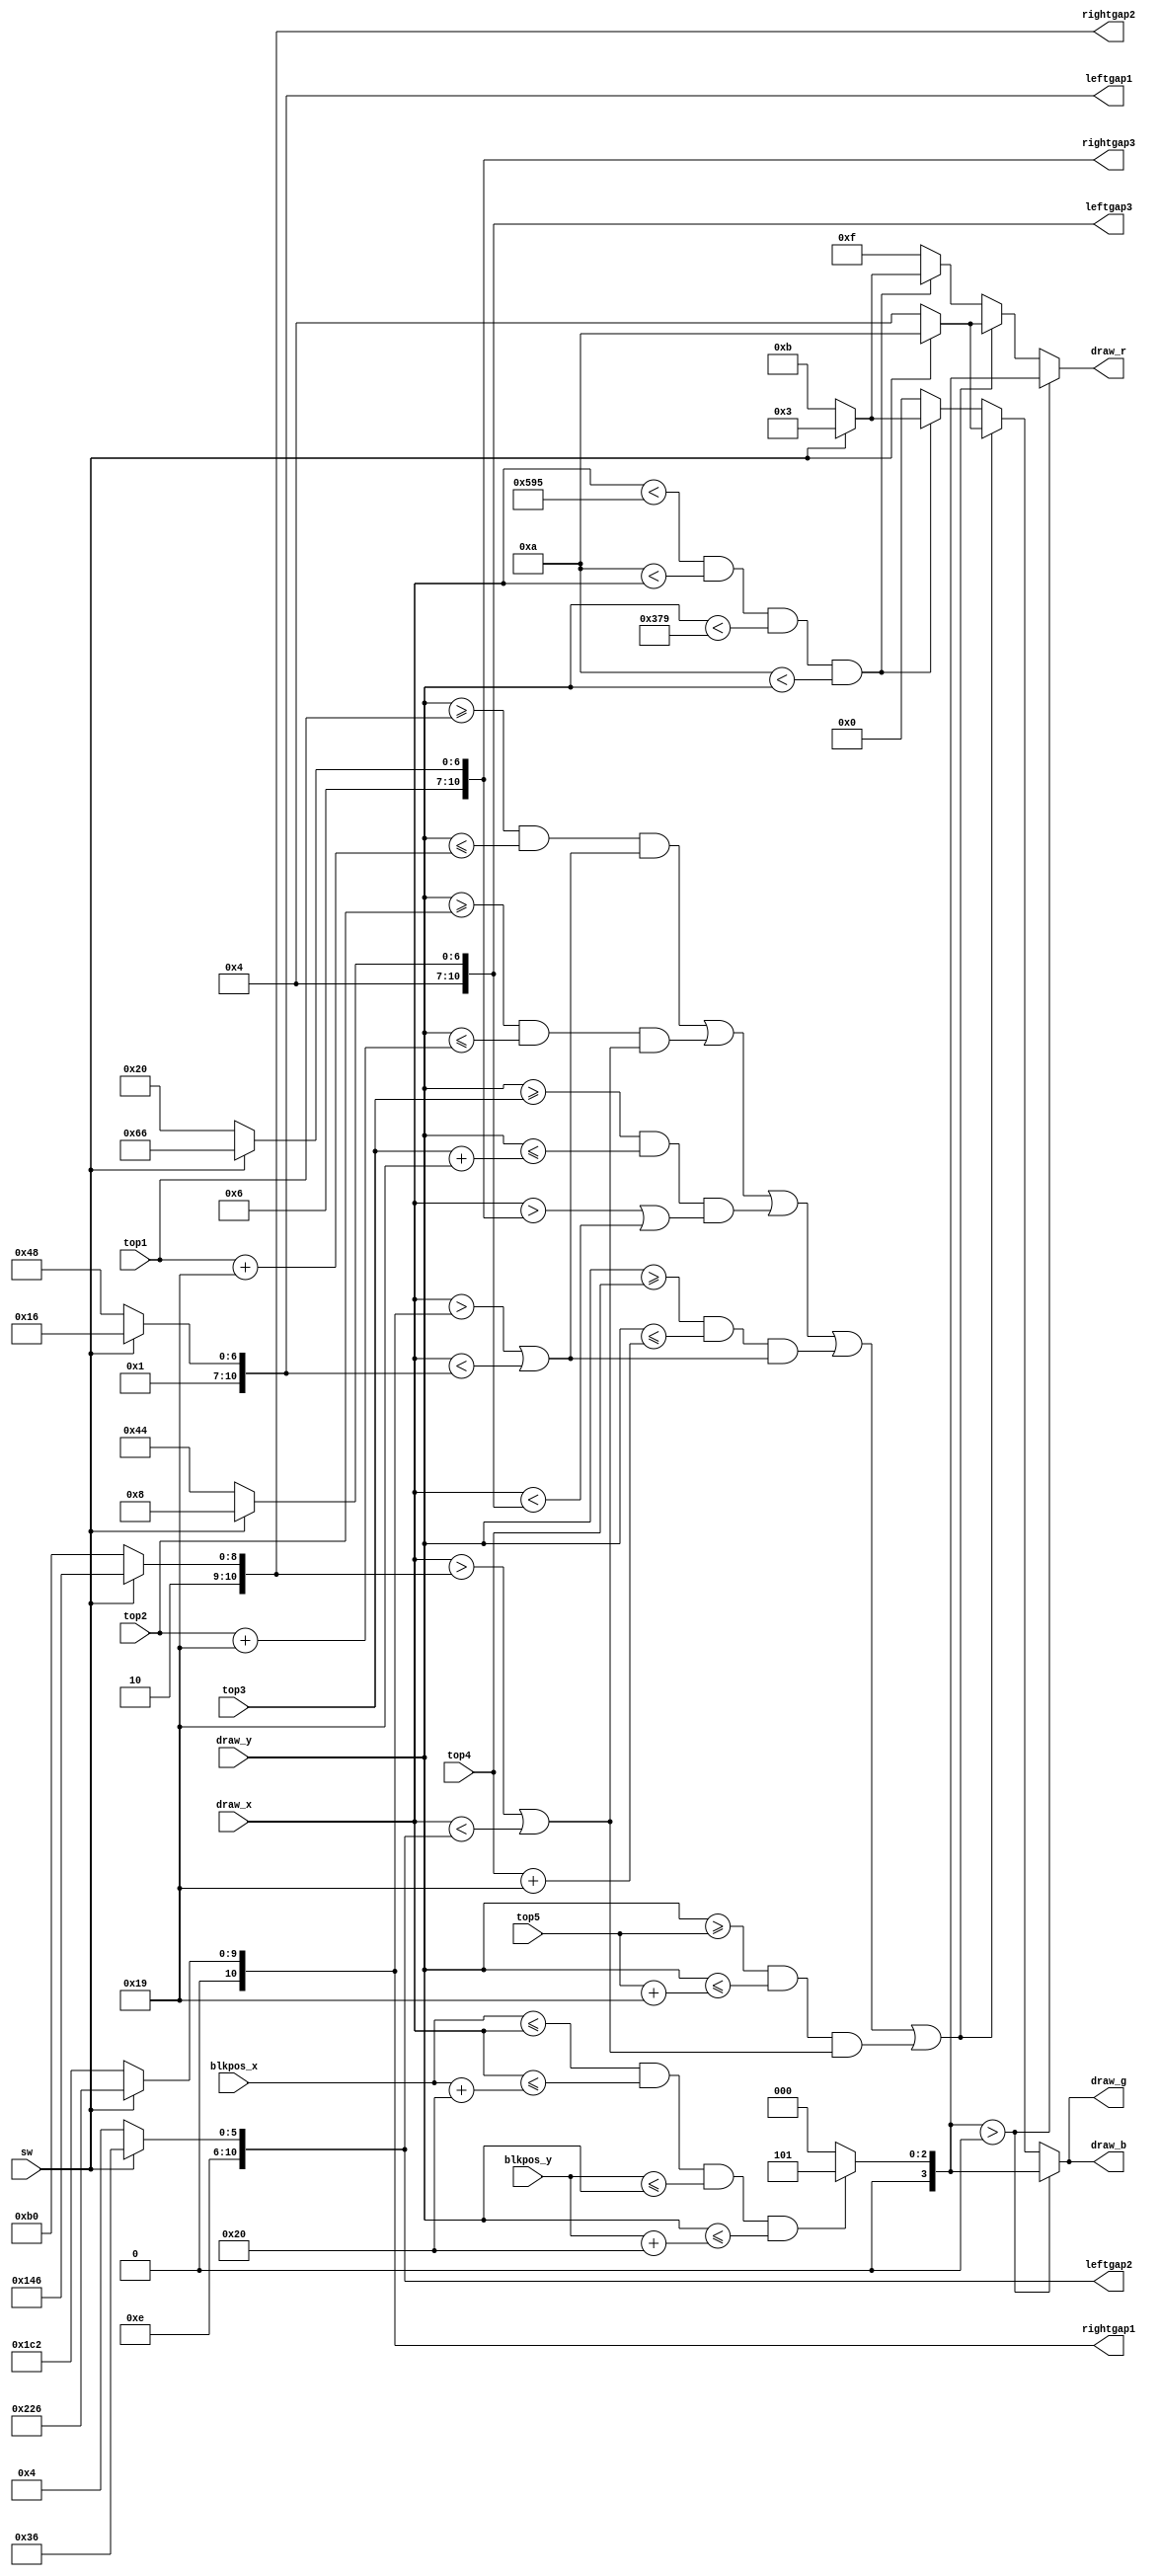
`timescale 1ns / 1ps
//////////////////////////////////////////////////////////////////////////////////
// Company: 
// Engineer: 
// 
// Design Name: 
// Module Name: drawcon
// Project Name: 
// Target Devices: 
// Tool Versions: 
// Description: 
// 
// Dependencies: 
// 
// Revision:
// Revision 0.01 - File Created
// Additional Comments:
// 
//////////////////////////////////////////////////////////////////////////////////


module drawcon(
    input sw, //Switch will determine game difficulty
    input [9:0] top1, //Informs module where the platform is
    input [9:0] top2,
    input [9:0] top3,
    input [9:0] top4,
    input [9:0] top5,
    input [10:0] blkpos_x,
    input [9:0] blkpos_y,
    input [10:0] draw_x,
    input [9:0] draw_y,
    output wire [3:0] draw_r,
    output wire [3:0] draw_g,
    output wire [3:0] draw_b,
    output reg [10:0] leftgap1, //x coordinate of where gap begins in platform 1
    output reg [10:0] rightgap1, //x coordinate of where gap end in platform 1
    output  reg [10:0] leftgap2,
    output reg [10:0] rightgap2,
    output  reg [10:0] leftgap3,
    output  reg [10:0] rightgap3
    );
    
    reg [3:0] bg_r; //colour of background
    reg [3:0] bg_g;
    reg [3:0] bg_b;
    reg [3:0] blk_r; //colour of block
    reg [3:0] blk_g;
    reg [3:0] blk_b;
    
    localparam xmax = 1429; //right border
    localparam xmin = 10;	//left border
    localparam ymax = 889;	//top border
    localparam ymin = 10;	//bottom border
    localparam white = 4'b1111;
    localparam black = 4'b0000;
    reg [3:0] colour, colour2;
    

    
    always@(*)
    begin
        if (sw) //colour of stage and gap size change depending on switch 
        begin
            leftgap1 = 11'd150; 
            rightgap1 = 11'd550;
            leftgap2 = 11'd950;
            rightgap2 = 11'd1350;
            leftgap3 = 11'd520;
            rightgap3 = 11'd870;
            colour2 = 4'b1010; 
            colour = 4'b0011;
        end
        else 
        begin
            leftgap1 = 11'd200; 
            rightgap1 = 11'd450;
            leftgap2 = 11'd900;
            rightgap2 = 11'd1200;
            leftgap3 = 11'd580;
            rightgap3 = 11'd800;
            colour2 = 4'b0100;
            colour = 4'b1011;
        end
    end
    

    always@(*)
        begin
            if ( (draw_y >= top1 && draw_y <= top1 + 6'd25 && (draw_x > rightgap1 || draw_x < leftgap1) ) 
                || (draw_y >= top2 && draw_y <= top2 + 6'd25 && (draw_x > rightgap2 || draw_x < leftgap2)) 
                || (draw_y >= top3 && draw_y <= top3 + 6'd25 && (draw_x > rightgap3 || draw_x < leftgap3))
                || (draw_y >= top4 && draw_y <= top4 + 6'd25 && (draw_x > rightgap1 || draw_x < leftgap1)) 
                || (draw_y >= top5 && draw_y <= top5 + 6'd25 && (draw_x > rightgap2 || draw_x < leftgap2)) ) //platform drawing
                begin
                    bg_r <= colour2;
                    bg_g <= colour2;
                    bg_b <= colour2;
                end
            else if ((draw_x < xmax) && (xmin < draw_x)  && (draw_y < ymax) && (ymin < draw_y))
                begin
                    bg_r <= colour;
                    bg_g <= colour;
                    bg_b <= colour;
                end
            else
                begin
                    bg_r <= white;
                    bg_g <= 0;
                    bg_b <= 0;
                end
        
        end
        
    always@(*)
        begin
           if ( (blkpos_x <= draw_x)  && (draw_x <= blkpos_x+6'd32) && (blkpos_y <= draw_y) && (draw_y <= blkpos_y+6'd32) )
                begin
                    blk_r <= 4'b0101;
                    blk_g <= 4'b0101;
                    blk_b <= 4'b0101;
                end 
            else
                begin
                    blk_r <= 0;
                    blk_g <= 0;
                    blk_b <= 0;
                end
        end
    
    assign draw_r = (blk_r > 0) ? blk_r: 
                     bg_r;
    assign draw_g = (blk_g > 0) ? blk_g: 
                     bg_g;
    assign draw_b = (blk_b > 0) ? blk_b: 
                     bg_b;
                     

endmodule